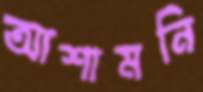
আশামনি